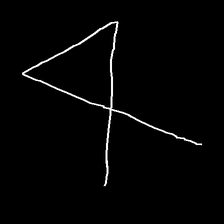
Glyph: collection